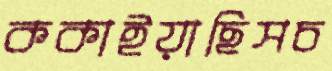
ককাইয়াছিসচ